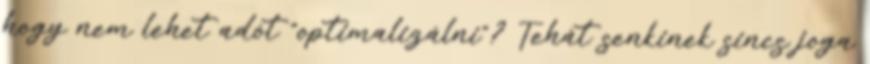
hogy nem lehet adót "optimalizálni"? Tehát senkinek sincs joga